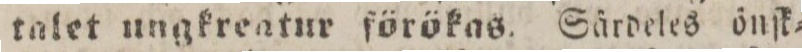
talet ungkreatur förökas. Särdeles önſk=